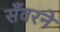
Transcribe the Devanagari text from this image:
सँवरने